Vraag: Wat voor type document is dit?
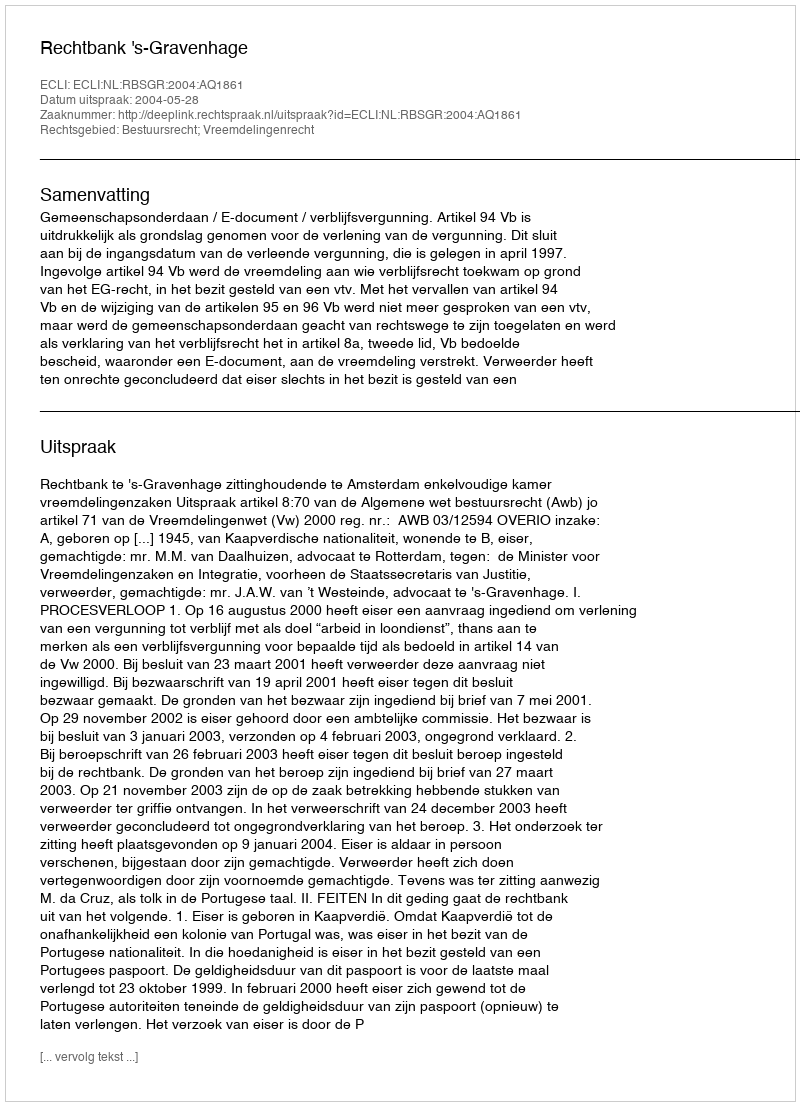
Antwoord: Uitspraak